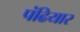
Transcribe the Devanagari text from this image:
पंढियार